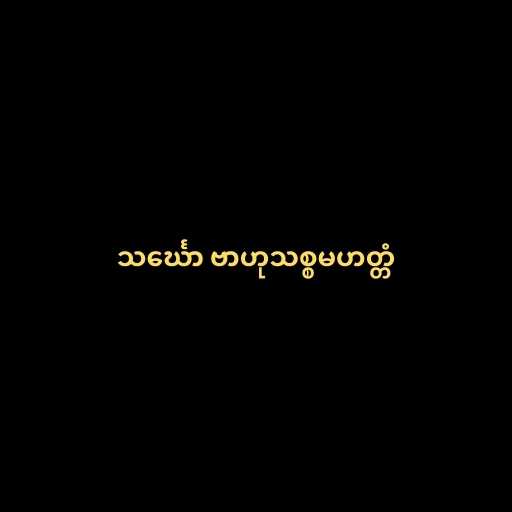
သင်္ဃော ဗာဟုသစ္စမဟတ္တံ